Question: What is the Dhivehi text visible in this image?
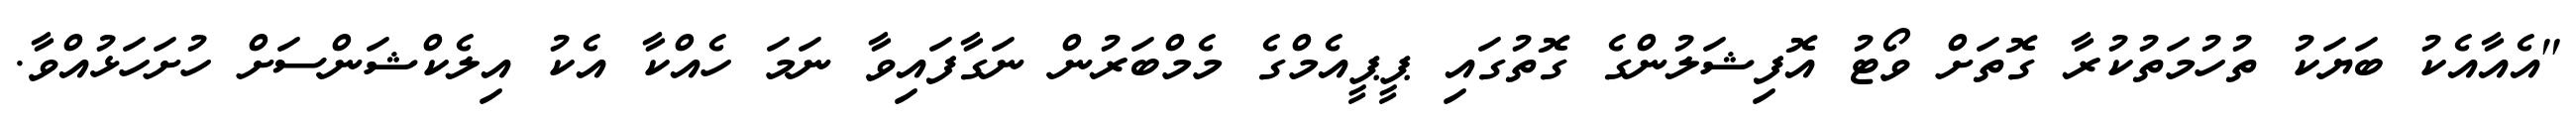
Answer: "އެއާއެކު ބަޔަކު ތުހުމަތުކުރާ ގޮތަށް ވޯޓު އޮފިޝަލުންގެ ގޮތުގައި ޕީޕީއެމްގެ މެމްބަރުން ނަގާފައިވާ ނަމަ ހެއްކާ އެކު އިލެކްޝަންސަށް ހުށަހަޅުއްވާ.